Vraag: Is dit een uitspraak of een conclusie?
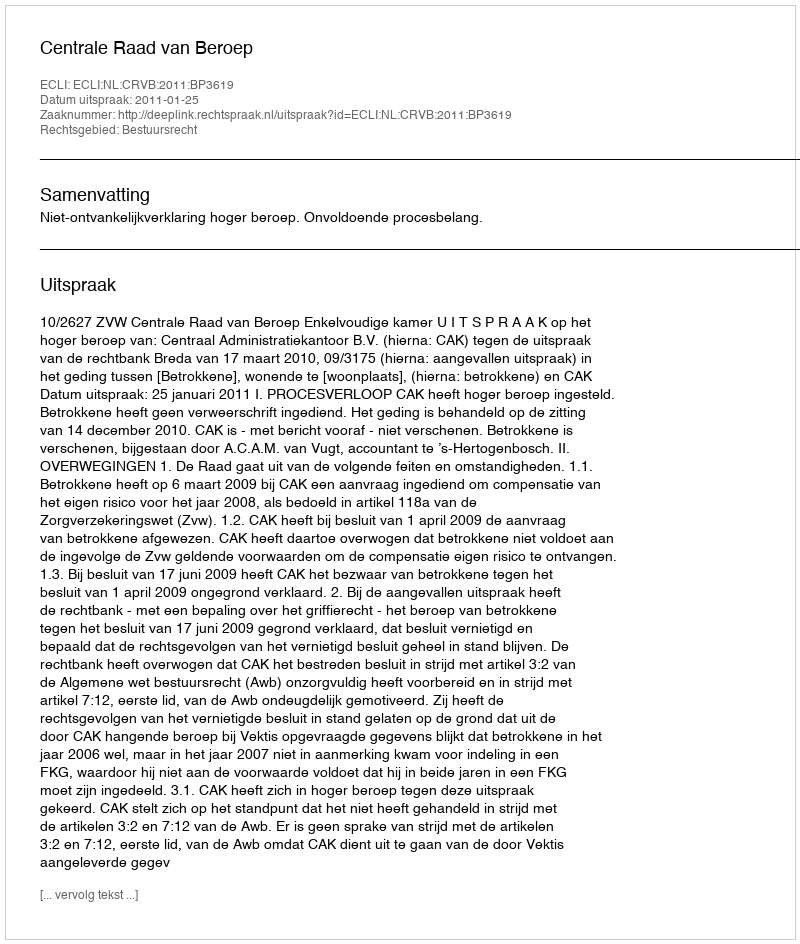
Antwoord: Uitspraak